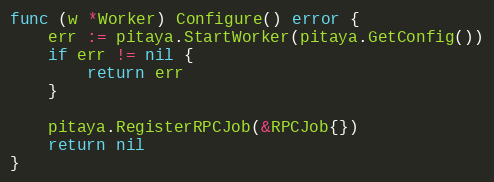
Language: Go
func (w *Worker) Configure() error {
	err := pitaya.StartWorker(pitaya.GetConfig())
	if err != nil {
		return err
	}

	pitaya.RegisterRPCJob(&RPCJob{})
	return nil
}